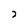
Character: 2